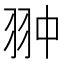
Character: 翀